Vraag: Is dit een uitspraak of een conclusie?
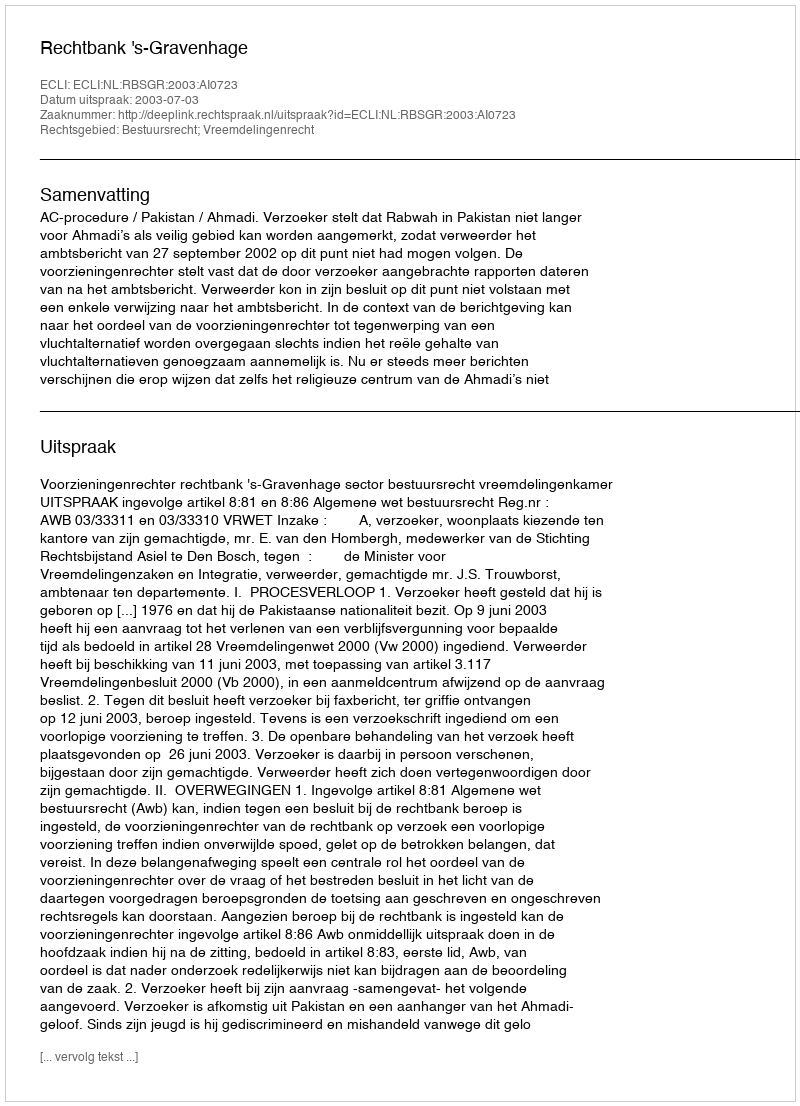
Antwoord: Uitspraak